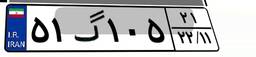
۵۱گ۱۰۵۲۱